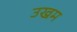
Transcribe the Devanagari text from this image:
उखम